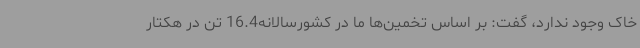
خاک وجود ندارد، گفت: بر اساس تخمین‌ها ما در کشورسالانه16.4 تن در هکتار